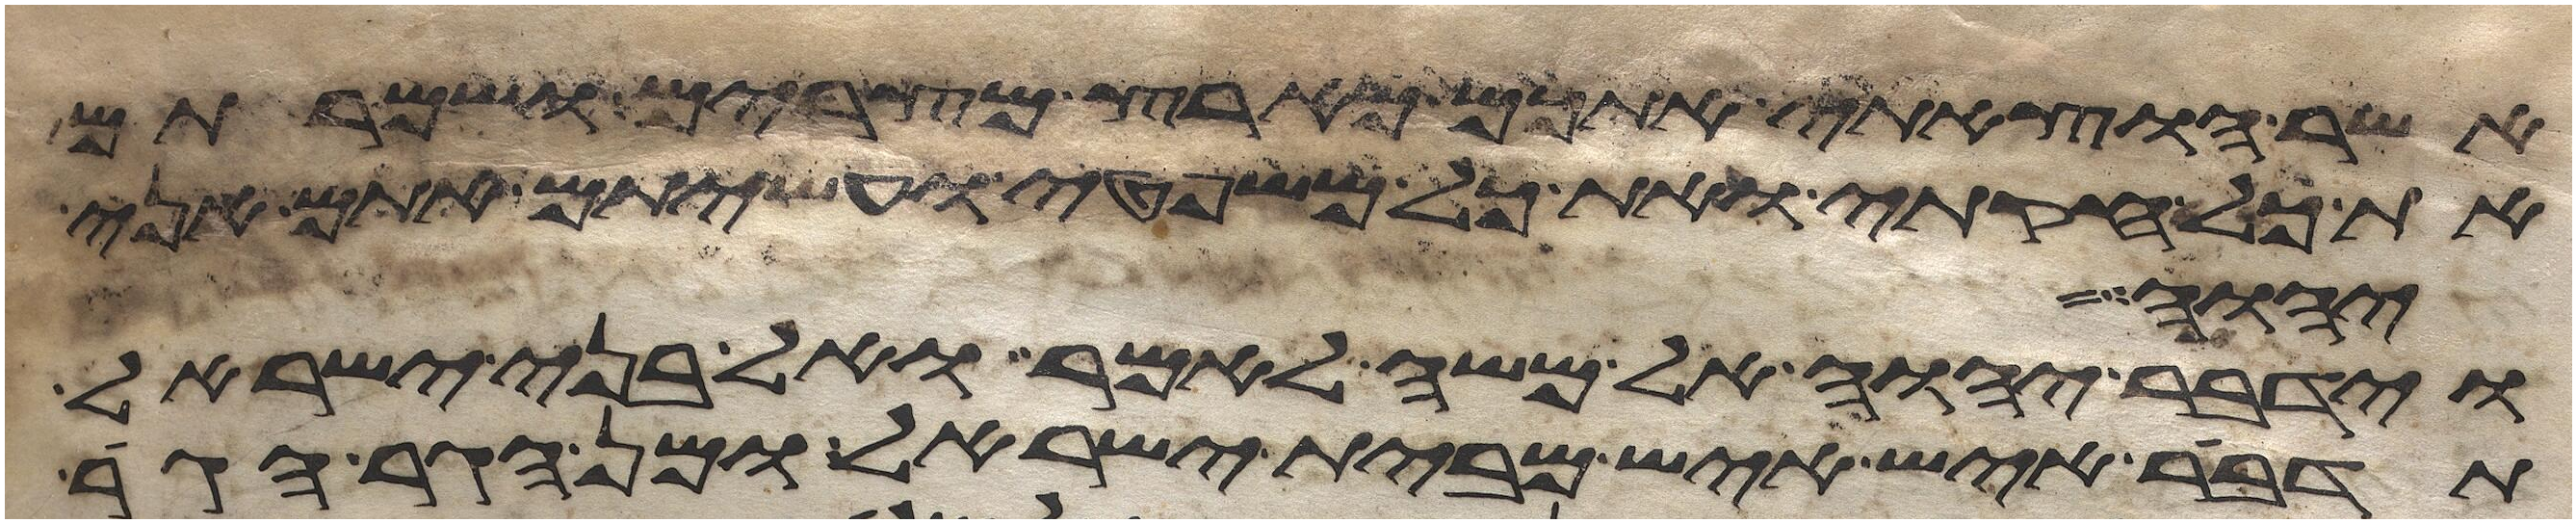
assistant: אשר הוצאתי אתכם מארץ מצרים ושמרתם
את כל חקותי ואת כל משפטי ועשיתם אתם אני
יהוה
וידבר יהוה אל משה לאמר ואל בני ישראל
תדבר איש איש מבית ישראל ומן הגר הגר